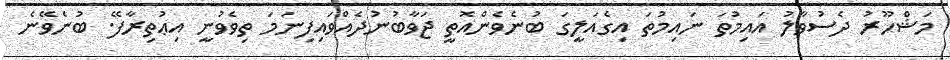
މަޝްހޫރު ދެސުވާލު އައިމުތަ ނައިމުތަ އިގެއަލީގަ ބުނެވެންއޮތީ ޖަވާބުނުދެއްވައިފިނަމަ ތިވެވުނީ އިޢުތިރާފޭ. ބުނެވޭނެ